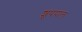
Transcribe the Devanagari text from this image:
शूपपाल